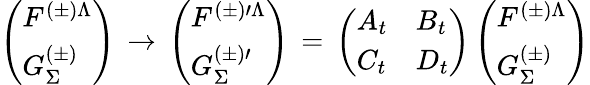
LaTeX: \left(\begin{array}{l}{{F^{(\pm)\Lambda}}}\\ {{G_{\Sigma}^{(\pm)}}}\end{array}\right)\, \rightarrow\, \left(\begin{array}{l}{{F^{(\pm)\prime\Lambda}}}\\ {{G_{\Sigma}^{(\pm)\prime}}}\end{array}\right)\, =\, \left(\begin{array}{ll}{{A_{t}}}&{{B_{t}}}\\ {{C_{t}}}&{{D_{t}}}\end{array}\right)\left(\begin{array}{l}{{F^{(\pm)\Lambda}}}\\ {{G_{\Sigma}^{(\pm)}}}\end{array}\right)